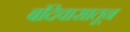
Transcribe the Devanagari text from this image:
बंदिवासातून